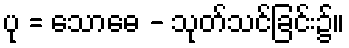
ပု = သောဓေ - သုတ်သင်ခြင်း၌။